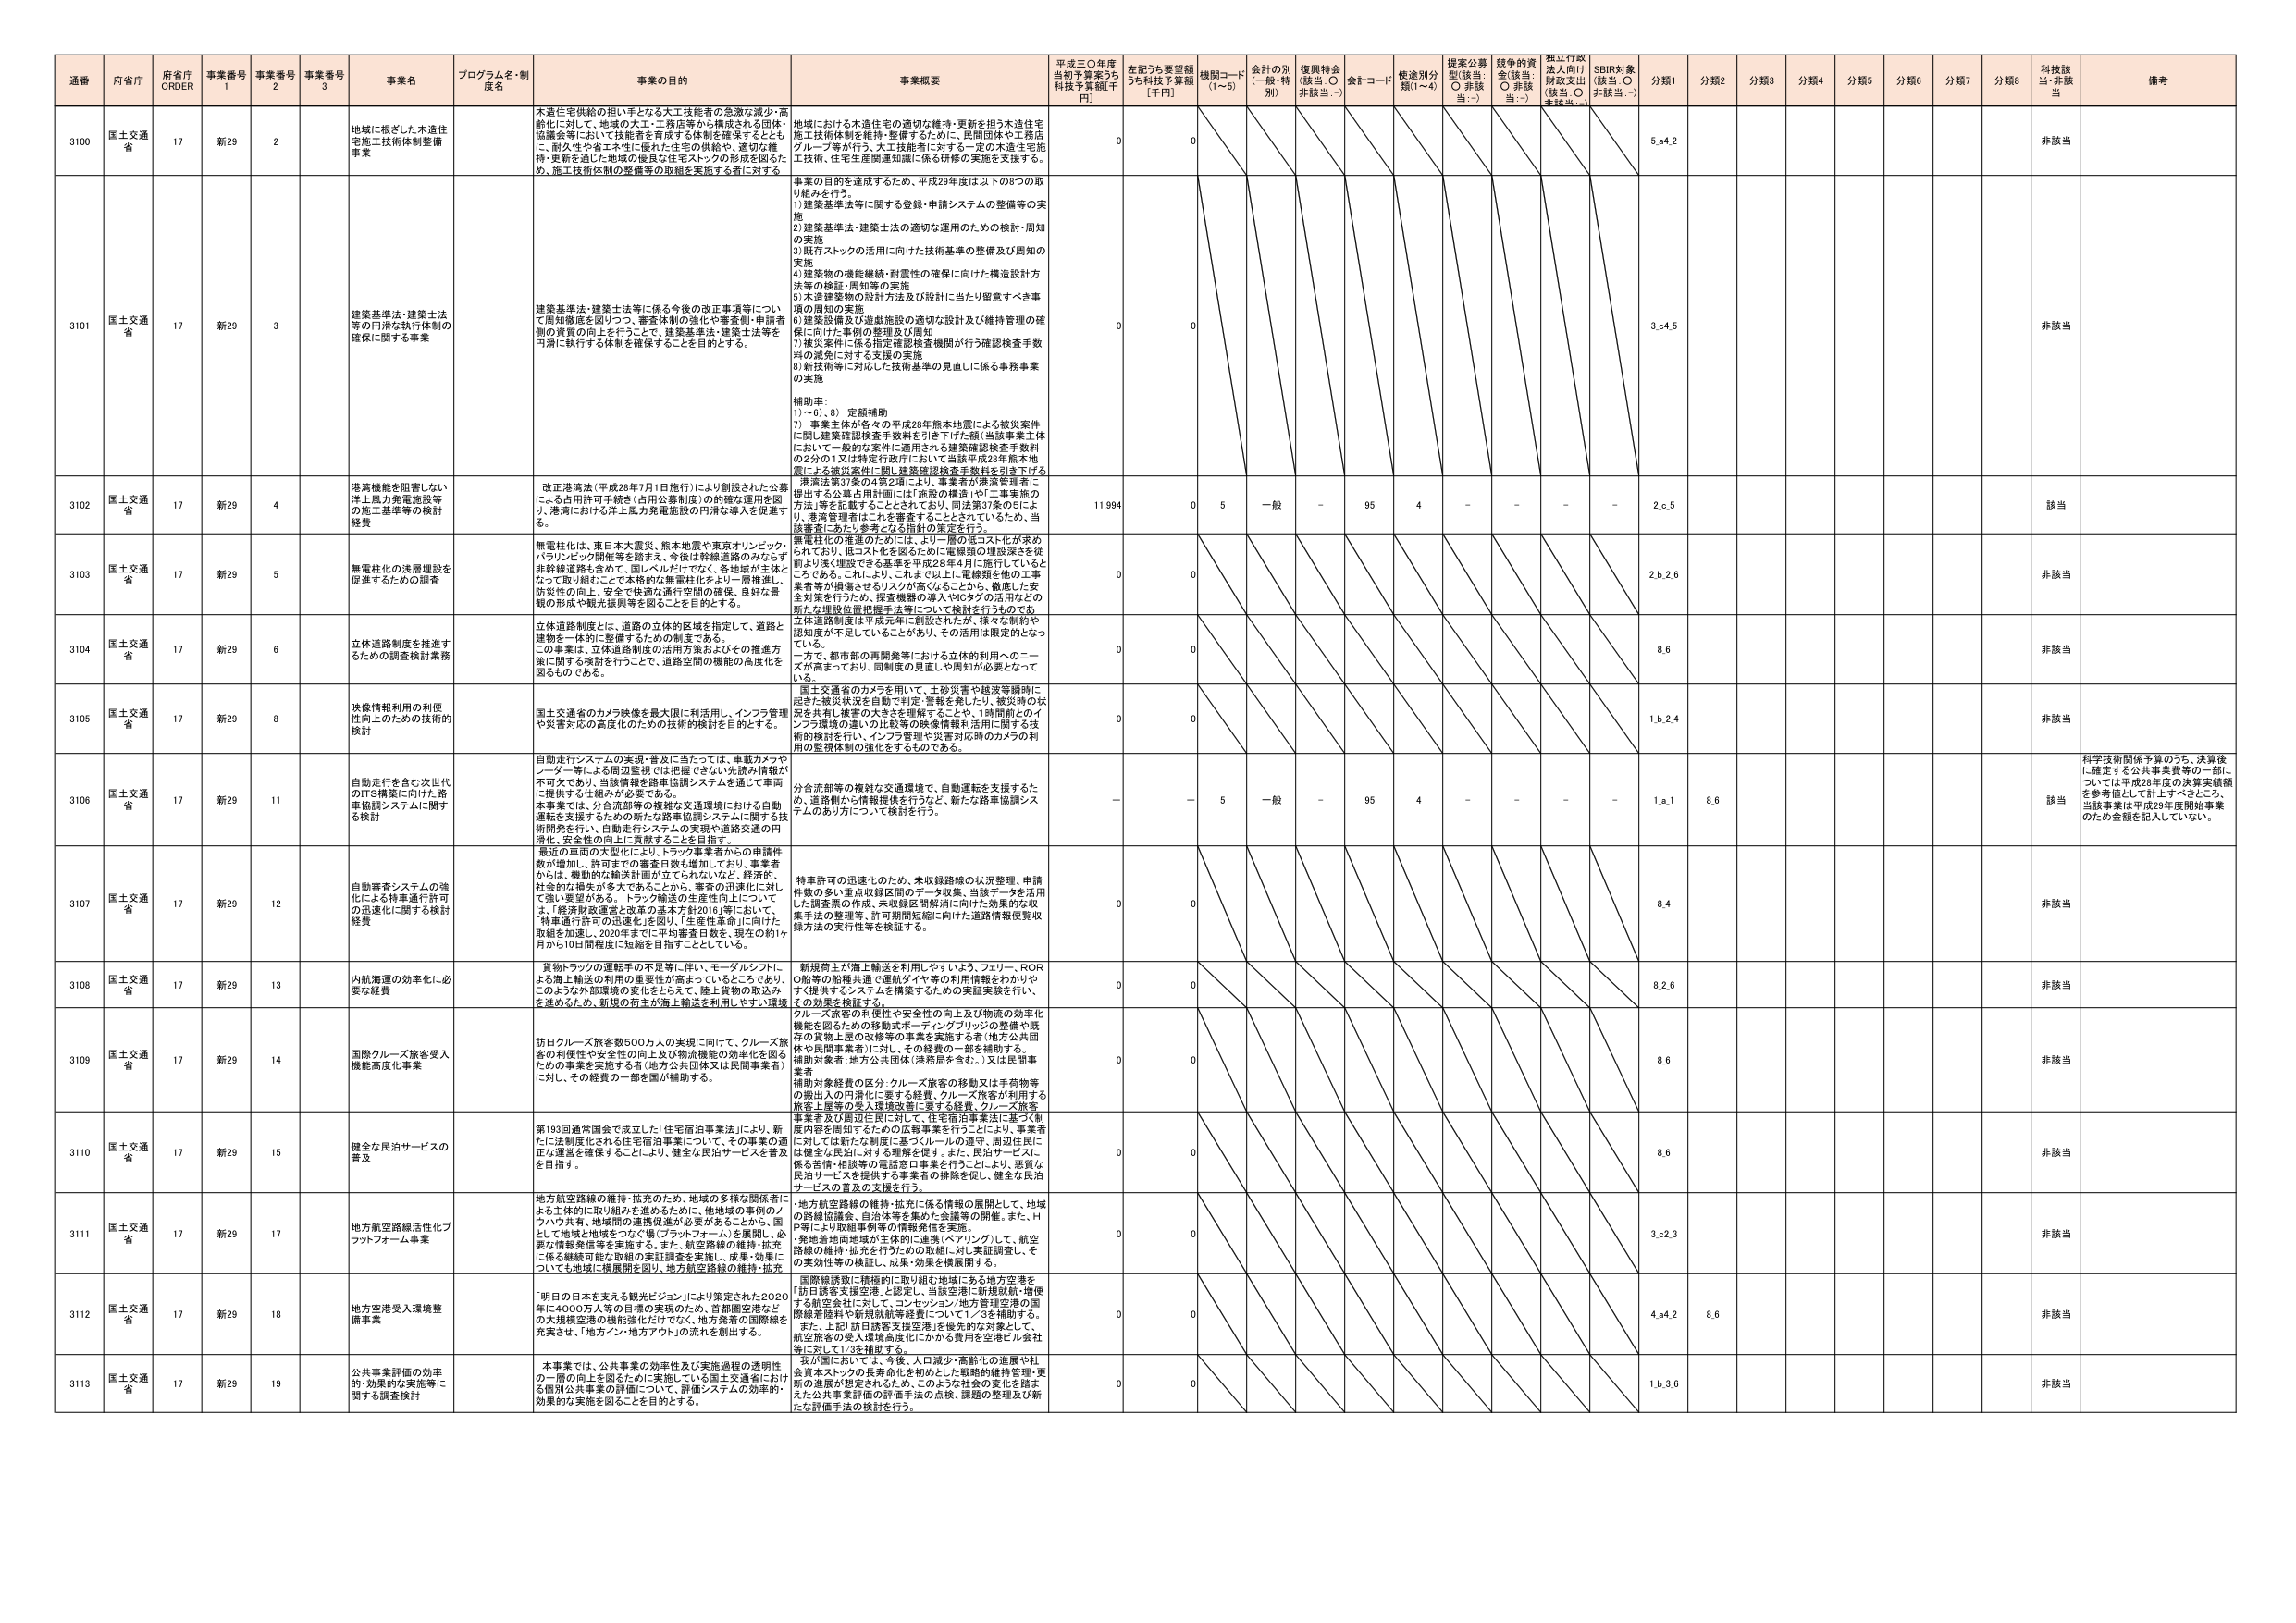
通番 府省庁 府省庁 ORDER 事業番号 1 事業番号 2 事業番号 3 事業名 プログラム名・制度名 事業の目的 事業概要 平成三〇年度当初予算案うち科技予算額[千円] 左記うち要望額うち科技予算額[千円] 機関コード(1～5) 金計の別(一般・特別) 復興特金(該当：○ 非該当：-) 金計コード 使途別分類(1～4) 提案公募型(該当：○ 非該当：-) 競争的資金(該当：○ 非該当：-) 振興行政法人向け財政支出(該当：○ 非該当：-) SBIR対象(該当：○ 非該当：-) 分類1 分類2 分類3 分類4 分類5 分類6 分類7 分類8 科技該当・非該当 備考

3100 国土交通省 17 新29 2 地域に根ざした木造住宅施工技術体制整備事業 木造住宅供給の担い手となる大工技能者の急激な減少・高齢化に対して、地域の大工・工務店等から構成される団体・協議会等において技能者を育成する体制を確保するとともに、耐久性や省エネ性能、耐震性や安全性、適切な維持・更新を通じた地域の優良な住宅ストックの形成を図るため、施工技術体制の整備等の取組を実施する者に対する 地域における木造住宅の適切な維持・更新を担う木造住宅施工技術体制を維持・整備するための、民間団体や工務店グループ等が行う、大工技能者に対する一定の木造住宅施工技術、住宅生産関連知識に係る研修の実施を支援する。 0 0 5.e4.2 非該当

3101 国土交通省 17 新29 3 建築基準法・建築士法等の円滑な執行体制の確保に関する事業 建築基準法・建築士法等に係る今後の改正事項等について周知徹底を図りつつ、審査体制の強化や審査部・申請者側の資質の向上を行うことで、建築基準法・建築士法等を円滑に執行する体制を確保することを目的とする。 事業の目的を達成するため、平成29年度は以下の8つの取り組みを行う。 1) 建築基準法等に関する登録・申請システムの整備等の実施 2) 建築基準法・建築士法の適切な運用のための検討・周知の実施 3) 既存ストックの活用に向けた技術基準の整備及び周知の実施 4) 建築物の機能継続・耐震性の確保に向けた構造設計方法等の検証・周知等の実施 5) 木造建築物の設計方法及び設計に当たり留意すべき事項の周知の実施 6) 建築設備及び遊戯施設の適切な設計及び維持管理の確保に向けた事例の整理及び周知 7) 被災案件に係る指定確認検査機関が行う確認検査手数料の減免に対する支援の実施 8) 新技術等に対応した技術基準の見直しに係る事務事業の実施 補助率： 1)～6), 8) 定額補助 7) 事業主体が各々の平成28年熊本地震による被災案件に関し建築確認検査手数料を引き下げた額(当該事業主体において一般的な案件に適用される建築確認検査手数料の2分の1又は特定行政庁において当該第平成28年熊本地震による被災案件に関し建築確認検査手数料を引き下げた額)の100%を補助。 0 0 3.c4.5 非該当

3102 国土交通省 17 新29 4 港湾機能を阻害しない洋上風力発電施設等の施工基準等の検討経費 改正港湾法(平成28年7月1日施行)により創設された公募による許可手続き(占用公募制度)の的確な運用を図り、港湾における洋上風力発電施設の円滑な導入を促進する。 港湾法第37条の4第2項により、事業者が港湾管理者に提出する公募占用計画には「施設の構造」や「工事実施の方法」等を記載することとされており、同法第37条の5により、港湾管理者はこれを審査することとされているため、当該審査にあたり参考となる検討の策定を行う。 11,994 0 5 一般 - 95 4 - - - - 2.c.5 該当

3103 国土交通省 17 新29 5 無電柱化の浅層埋設を促進するための調査 無電柱化は、東日本大震災、熊本地震や東京オリンピック、パラリンピック開催等を踏まえ、今後は幹線道路のみならず非幹線道路も含めて、国レベルだけでなく、各地域が主体となって取り組むことで本格的な無電柱化をより一層推進し、防災性の向上、安全で快適な通行空間の確保、良好な景観の形成や観光振興等を図ることを目的とする。 無電柱化の推進のためには、より一層の低コスト化が求められており、低コスト化を図るために電線類の埋設深さを従前より浅く埋設できる基準を平成28年4月に施行しているところである。これにより、これまで以上に電線類を他の工事業者等が損傷させるリスクが高くなることから、徹底した安全対策を行うため、探査機器の導入やICタグの活用などの新たな埋設位置把握手法等について検討を行うものである。 0 0 2.b.2.6 非該当

3104 国土交通省 17 新29 6 立体道路制度を推進するための調査検討業務 立体道路制度とは、道路の立体的区域を指定して、道路と建物を一体的に整備するための制度である。 この事業は、立体道路制度の活用方策およびその推進方策に関する検討を行うことで、道路空間の機能の高度化を図るものである。 立体道路制度は平成元年に創設されたが、様々な制約や認知度が不足していることがあり、その活用が限定的となっている。 一方で、都市部の再開発等における立体的利用へのニーズが高まっており、同制度の見直しや周知が必要となって 0 0 8.6 非該当

3105 国土交通省 17 新29 8 映像情報利用の利便性向上のための技術的検討 国土交通省のカメラ映像を最大限に利活用し、インフラ管理や災害対応の高度化のための技術的検討を目的とする。 国土交通省のカメラを用いて、土砂災害や越波等瞬時に起きる被災状況を自動で判定・警報を発したり、被災時の状況を共有し被害の大きさを理解することや、1時間前のインフラ環境の違いの比較等の映像情報利活用に関する技術的検討を行い、インフラ管理や災害対応時のカメラの利用の監視体制の強化をするものである。 0 0 1.b.2.4 非該当

3106 国土交通省 17 新29 11 自動走行を含む次世代のITS構築に向けた路車協調システムに関する検討 自動走行システムの実現・普及に当たっては、車載カメラやレーダー等による周辺監視では把握できない先読み情報が不可欠であり、当該情報を路車協調システムを通じて車両に提供する仕組みが必要である。 本事業では、分合流部等の複雑な交通環境における自動運転を支援するための新たな路車協調システムに関する技術開発を行い、自動走行システムの実現や道路交通の円滑化、安全性の向上に貢献することを目的とする。 分合流部等の複雑な交通環境で、自動運転を支援するため、道路側から情報提供を行うなど、新たな路車協調システムのあり方について検討を行う。 - - 5 一般 - 95 4 - - - - 1.a.1 8.6 該当 科学技術関係予算のうち、決算後に確定する公共事業費等の一部については平成28年度の決算実績額を参考値として計上すべきところ、当該事業は平成29年度開始事業のため金額を記入していない。

3107 国土交通省 17 新29 12 自動審査システムの強化による料率減許許可の迅速化に関する検討経費 最近の車両の大型化により、トラック事業者からの申請件数が増加し、許可までの審査日数も増加しており、事業者からは、機動的な輸送計画が立てられないと、経済的、社会的な損失が大きくなることから、審査の迅速化に対して強い要望がある。トラック輸送の生産性向上について、「経済財政運営と改革の基本方針2016」等において、「特車通行許可の迅速化」を図り、「生産性革命」に向けた取組を加速し、2020年までに平均審査日数を、現在の約1ヶ月から10日間程度に短縮を目指すこととしている。 特車許可の迅速化のため、未収録路線の状況整理、申請件数の多い重点収録区間のデータ収集、当該データを活用した調査票の作成、未収録区間解消に向けた効果的な収集手法の整理等、許可期間短縮に向けた道路情報便覧収録方法の実行性等を検証する。 0 0 8.4 非該当

3108 国土交通省 17 新29 13 内航海運の効率化に必要な経費 貨物トラックの運転手の不足等に伴い、モーダルシフトによる海上輸送の利用の重要性が高まっていることであり、このような外部環境の変化をとらえて、陸上貨物の取込みを進めるため、新規の荷主が海上輸送を利用しやすい環境 新規荷主が海上輸送を利用しやすいよう、フェリー、RORO船等の船種共通で運航ダイヤ等の利用情報をわかりやすく提供するシステムを構築するための実証実験を行い、その効果を検証する。 0 0 8.2.6 非該当

3109 国土交通省 17 新29 14 国際クルーズ旅客受入機能高度化事業 訪日クルーズ旅客数500万人の実現に向けて、クルーズ旅客の利便性や安全性の向上及び物流機能の効率化を図るための事業を実施する者(地方公共団体又は民間事業者)に対し、その経費の一部を国が補助する。 クルーズ旅客の利便性や安全性の向上及び物流の効率化機能を図るための移動式ボーディングブリッジの整備や既存の貨物上屋の改修等の事業を実施する者(地方公共団体や民間事業者)に対し、その経費の一部を補助する。 補助対象者：地方公共団体(港務局を含む。)又は民間事業者 補助対象経費の区分：クルーズ旅客の移動又は手荷物等の搬出入の円滑化に要する経費、クルーズ旅客が利用する旅客上屋等の受入環境改善に要する経費、クルーズ旅客、事業者及び周辺住民に対して、住宅宿泊事業法に基づく制度内容を周知するための広報事業を行うことにより、事業者に対しては新たな制度に基づくルールの遵守、周辺住民には健全な民泊に対する理解を促す。また、民泊サービスに係る苦情・相談等の受付窓口事業を行うことにより、優質な民泊サービスを提供する事業者の排除を促し、健全な民泊サービスの普及の支援を行う。 0 0 8.6 非該当

3110 国土交通省 17 新29 15 健全な民泊サービスの普及 第193回通常国会で成立した「住宅宿泊事業法」により、新たに法制化される住宅宿泊事業について、その事業の適正な運営を確保することにより、健全な民泊サービスを普及を目指す。 0 0 8.6 非該当

3111 国土交通省 17 新29 17 地方航空路線活性化プラットフォーム事業 地方航空路線の維持・拡充のため、地域の多様な関係者による主体的に取り組みを進めるために、地域域の事例のノウハウ共有、地域間の連携促進が必要であることから、国として地域と地域をつなぐ場(「プラットフォーム」)を展開し、必要な情報発信等を実施する。また、航空路線の維持・拡充に係る継続可能な取組の実証調査を実施し、成果・効果についても地域に積極的に周知し、地方航空路線の維持・拡充 地方航空路線の維持・拡充に係る情報の展開として、地域の路線協議会、自治体等を集めた会議等の開催。また、H等により取組事例等の情報発信を実施。 各地置地間地域が主体的連携(ペアリング)して、航空路線の維持・拡充を行うための取組に対し実証調査し、その実効性等の検証し、成果・効果を積極展開する。 0 0 3.c2.3 非該当

3112 国土交通省 17 新29 18 地方空港受入環境整備事業 「明日の日本を支える観光ビジョン」により策定された2020年に4000万人等の目標の実現のため、首都圏空港などの大規模空港の機能強化だけでなく、地方発着の国際線を充実させ、「地方イン・地方アウト」の流れを創出する。 国際線誘致に積極的に取り組む地域にある地方空港を「訪日誘客支援空港」と認定し、当該空港に新規航路・増便する航空会社に対して、コンセッション/地方管理空港の国際線着陸料や航路航続等経費について1/3を補助する。 また、上記「訪日誘客支援空港」を優先的な対象として、航空旅客の受入環境高度化にかかる費用を空港ビル会社等に対して1/3を補助する。 0 0 4.a4.2 8.6 非該当

3113 国土交通省 17 新29 19 公共事業評価の効率的・効果的な実施等に関する調査検討 本事業では、公共事業の効率性及び実施過程の透明性の一層の向上を図るために実施している国土交通省における個別公共事業の評価について、評価システムの効率的・効果的な実施を図ることを目的とする。 我が国においては、今後、人口減少・高齢化の進展や社会資本ストックの長寿命化を初めとした戦略的維持管理・更新の進展が想定されるため、このような社会の変化を踏まえた公共事業評価の評価手法の点検、課題の整理及び新たな評価手法の検討を行う。 0 0 1.b.3.6 非該当